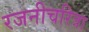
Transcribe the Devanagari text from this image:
रजनीचरित्रा